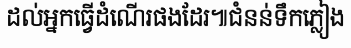
ដល់អ្នកធ្វើដំណើរផងដែរ៕ជំនន់ទឹកភ្លៀង